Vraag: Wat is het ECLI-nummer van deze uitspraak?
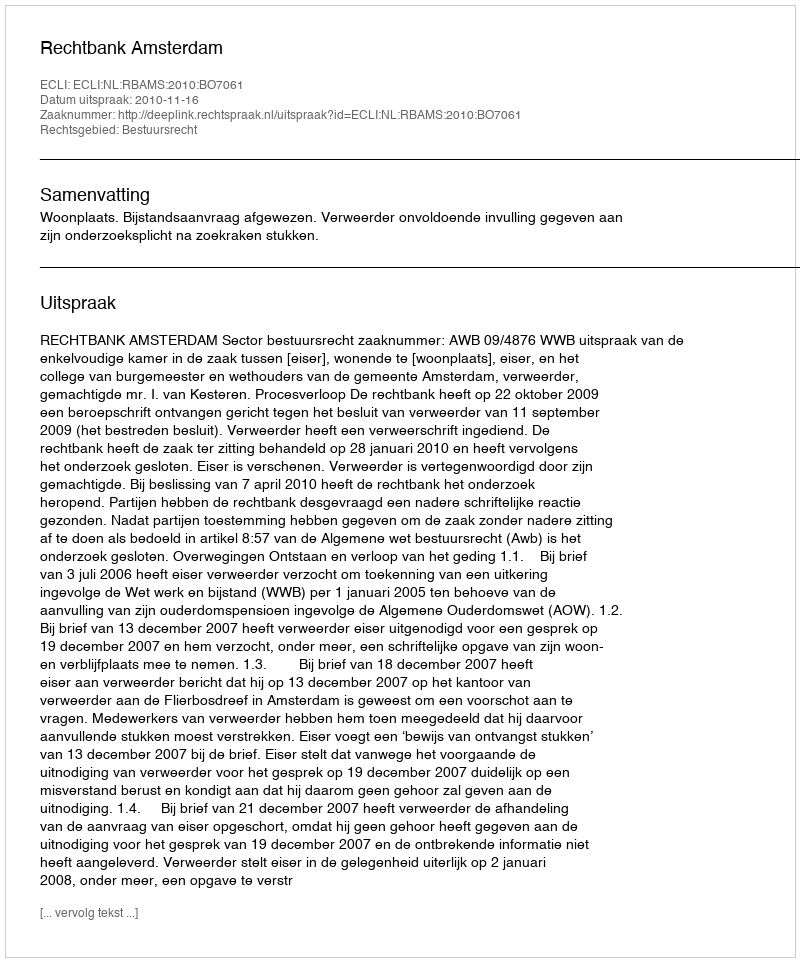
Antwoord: ECLI:NL:RBAMS:2010:BO7061